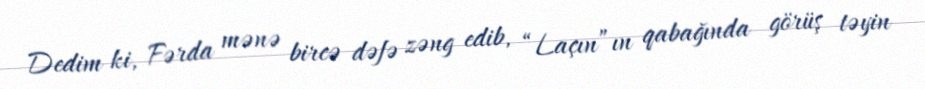
Dedim ki, Fərda mənə bircə dəfə zəng edib, “Laçın”ın qabağında görüş təyin